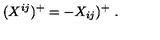
( X ^ { i j } ) ^ { + } = - X _ { i j } ) ^ { + } \ .